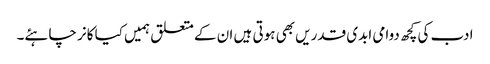
ادب کی کچھ دوامی ابدی قدریں بھی ہوتی ہیں ان کے متعلق ہمیں کیا کانر چاہئے۔